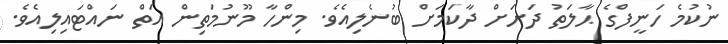
ނުކުމެ ހަނީފްގެ ޙާލަތު ދަށަށް ދާކަމަށް ބުނެލިއެވެ. މިންހާ މޫނުމަތިން އަތް ނައްޓައިލިއެވެ.